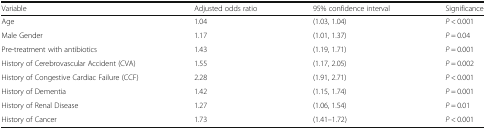
<table><thead><tr><td><b>Variable</b></td><td><b>Adjusted odds ratio</b></td><td><b>95% confidence interval</b></td><td><b>Significance</b></td></tr></thead><tbody><tr><td>Age</td><td>1.04</td><td>(1.03, 1.04)</td><td><i>P</i> &lt; 0.001</td></tr><tr><td>Male Gender</td><td>1.17</td><td>(1.01, 1.37)</td><td><i>P</i> = 0.04</td></tr><tr><td>Pre-treatment with antibiotics</td><td>1.43</td><td>(1.19, 1.71)</td><td><i>P</i> = 0.001</td></tr><tr><td>History of Cerebrovascular Accident (CVA)</td><td>1.55</td><td>(1.17, 2.05)</td><td><i>P</i> = 0.002</td></tr><tr><td>History of Congestive Cardiac Failure (CCF)</td><td>2.28</td><td>(1.91, 2.71)</td><td><i>P</i> &lt; 0.001</td></tr><tr><td>History of Dementia</td><td>1.42</td><td>(1.15, 1.74)</td><td><i>P</i> = 0.001</td></tr><tr><td>History of Renal Disease</td><td>1.27</td><td>(1.06, 1.54)</td><td><i>P</i> = 0.01</td></tr><tr><td>History of Cancer</td><td>1.73</td><td>(1.41–1.72)</td><td><i>P</i> &lt; 0.001</td></tr></tbody></table>